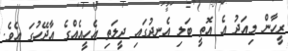
ރީހާން މިއަދު އެ އޮތީ ބަލި އެނދުގައި ދީލަތި އެހީއެއްގެ އާދޭހުގަ އެވެ.